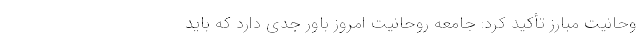
وحانیت مبارز تأکید کرد: جامعه روحانیت امروز باور جدی دارد که باید